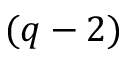
( q - 2 )